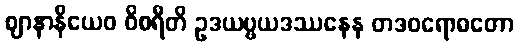
ဈာနာနိယေဝ ဝိစရီတိ ဥဒယဗ္ဗယဒဿနေန တဒဝရောဓတော